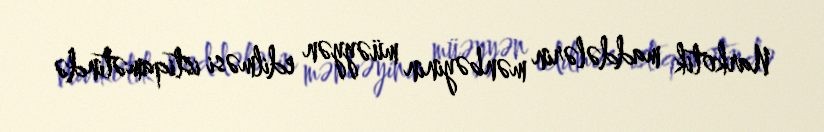
Narkotik maddələrin mənbəyinin müəyyən edilməsi istiqamətində